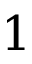
1